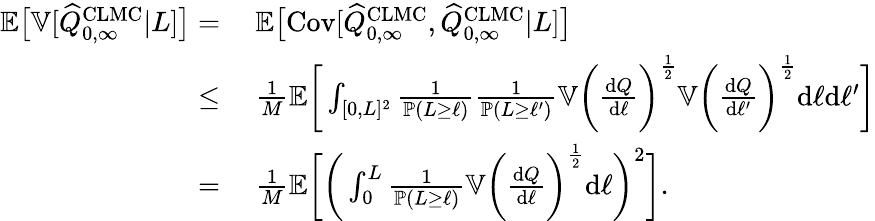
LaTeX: \begin{array}{rl}{{\mathbb{E}}\big[{\mathbb{V}}[\widehat{Q}_{0,\infty}^{\mathrm{CLMC}}|L]\big]=}&{\ {\mathbb{E}}\big[\mathrm{Cov}[\widehat{Q}_{0,\infty}^{\mathrm{CLMC}},\widehat{Q}_{0,\infty}^{\mathrm{CLMC}}|L]\big]}\\ {\leq}&{\ \frac{1}{M}{\mathbb{E}}\bigg[\int_{[0,L]^{2}}\frac{1}{{\mathbb{P}}(L\geq\ell)}\frac{1}{{\mathbb{P}}(L\geq\ell^{\prime})}{\mathbb{V}}\bigg(\frac{\textup{d}Q}{\textup{d}\ell}\bigg)^{\frac{1}{2}}{\mathbb{V}}\bigg(\frac{\mathrm{d}Q}{\mathrm{d}\ell^{\prime}}\bigg)^{\frac{1}{2}}\textup{d}\ell\textup{d}\ell^{\prime}\bigg]}\\ {=}&{\ \frac{1}{M}{\mathbb{E}}\bigg[\bigg(\int_{0}^{L}\frac{1}{{\mathbb{P}}(L\geq\ell)}{\mathbb{V}}\bigg(\frac{\textup{d}Q}{\textup{d}\ell}\bigg)^{\frac{1}{2}}\textup{d}\ell\bigg)^{2}\bigg].}\end{array}